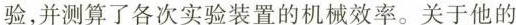
验，并测算了各次实验装置的机械效率。关于他的